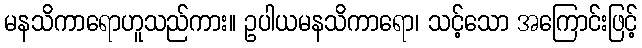
မနသိကာရောဟူသည်ကား။ ဥပါယမနသိကာရော၊ သင့်သော အကြောင်းဖြင့်